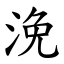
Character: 浼